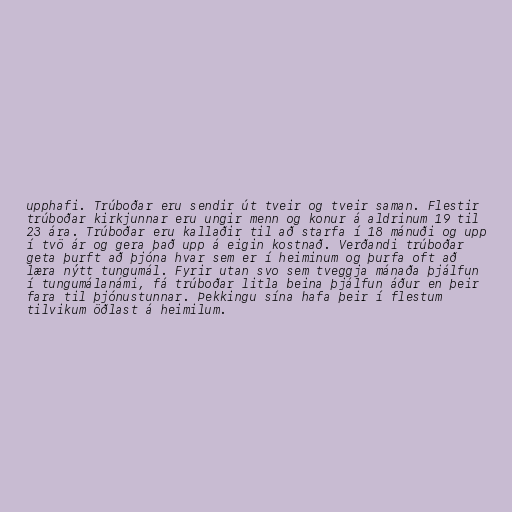
upphafi. Trúboðar eru sendir út tveir og tveir saman. Flestir
trúboðar kirkjunnar eru ungir menn og konur á aldrinum 19 til
23 ára. Trúboðar eru kallaðir til að starfa í 18 mánuði og upp
í tvö ár og gera það upp á eigin kostnað. Verðandi trúboðar
geta þurft að þjóna hvar sem er í heiminum og þurfa oft að
læra nýtt tungumál. Fyrir utan svo sem tveggja mánaða þjálfun
í tungumálanámi, fá trúboðar litla beina þjálfun áður en þeir
fara til þjónustunnar. Þekkingu sína hafa þeir í flestum
tilvikum öðlast á heimilum.